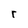
Character: r